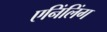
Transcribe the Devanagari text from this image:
एनिंलिंग